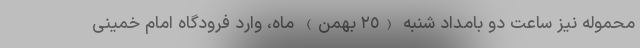
محموله نیز ساعت دو بامداد شنبه (٢٥ بهمن) ماه، وارد فرودگاه امام خمینی